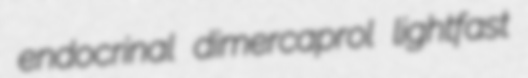
endocrinal dimercaprol lightfast